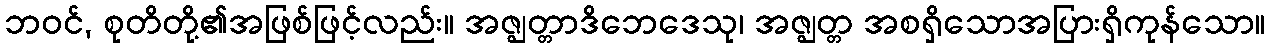
ဘဝင်, စုတိတို့၏အဖြစ်ဖြင့်လည်း။ အဇ္ဈတ္တာဒိဘေဒေသု၊ အဇ္ဈတ္တ အစရှိသောအပြားရှိကုန်သော။